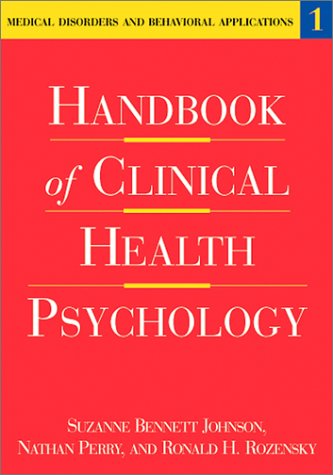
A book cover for Handbook of Clinical Health Psychology, Volume 1: Medical Disorders and Behavioral Applications; Medical Books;